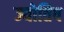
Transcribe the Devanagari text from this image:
ज्योतिष